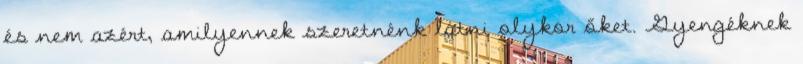
és nem azért, amilyennek szeretnénk látni olykor őket. Gyengéknek